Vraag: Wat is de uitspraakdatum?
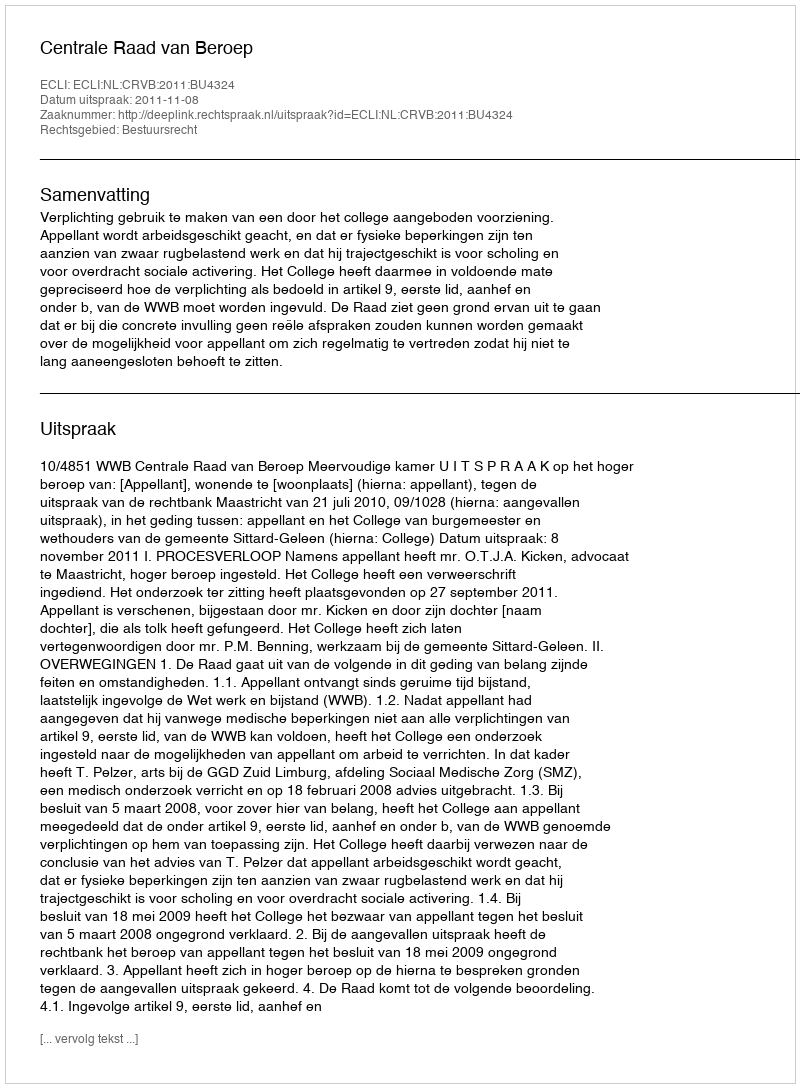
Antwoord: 2011-11-08